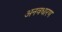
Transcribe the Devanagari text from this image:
अनवधारण